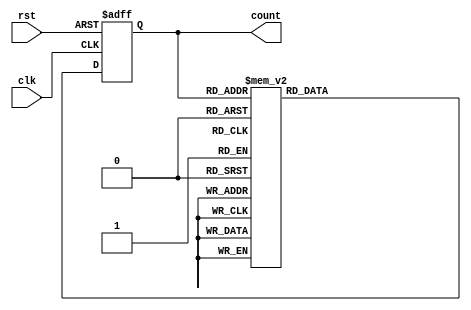
// This program was cloned from: https://github.com/MathBorgess/hardware_studies
// License: MIT License

module counter(
    input clk,
    input rst,
    output reg [2:0] count
);
    reg [2:0] state, next_state;
    parameter [2:0] S0 = 3'b000, S1 = 3'b001, S2 = 3'b010, S3 = 3'b011, S4 = 3'b100, S5 = 3'b101, S6 = 3'b110, S7 = 3'b111;

    always @(posedge clk or negedge rst) begin: STATE_MEMORY
        if (!rst) begin
            state <= S0;
        end else begin
            state <= next_state;
        end
    end
    
    always @(state) begin: NEXT_STATE_LOGIC
        case (state)
            S0: next_state = S1;
            S1: next_state = S2;
            S2: next_state = S3;
            S3: next_state = S4;
            S4: next_state = S5;
            S5: next_state = S6;
            S6: next_state = S7;
            S7: next_state = S0;
        endcase
    end

    always @(state) begin: OUTPUT_LOGIC
        count = state;
    end
endmodule